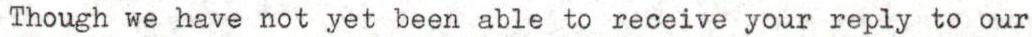
Though we have not yet been able to receive your reply to our